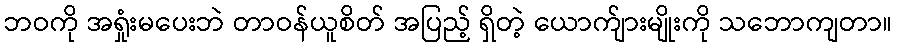
ဘဝကို အရှုံးမပေးဘဲ တာဝန်ယူစိတ် အပြည့် ရှိတဲ့ ယောက်ျားမျိုးကို သဘောကျတာ။